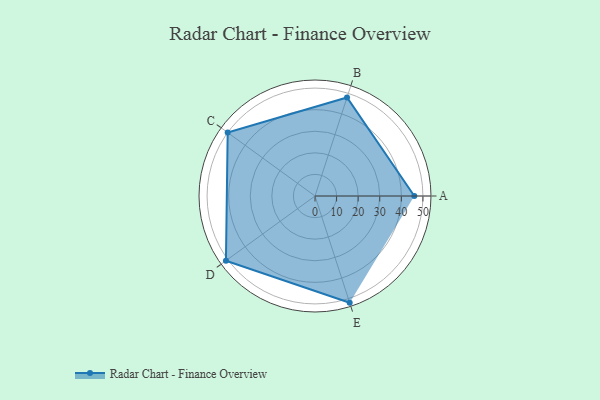
{"axis": {"x": "Skill", "y": "Score"}, "legend": ["Profile"], "data": [{"x": "A", "y": 46.0, "type": "Profile"}, {"x": "B", "y": 48.0, "type": "Profile"}, {"x": "C", "y": 50.0, "type": "Profile"}, {"x": "D", "y": 51.0, "type": "Profile"}, {"x": "E", "y": 52.0, "type": "Profile"}]}